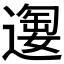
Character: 𫑂